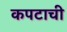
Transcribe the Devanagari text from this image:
कपटाची